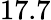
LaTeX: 17.7